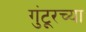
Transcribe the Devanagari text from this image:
गुंटूरच्या